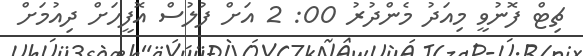
ޗިޓް ފޮނުވީ މިއަދު މެންދުރު 00: 2 އަށް ފުލުސް އޮފީހަށް ދިއުމަށް